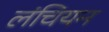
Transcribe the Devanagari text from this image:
लंचियन